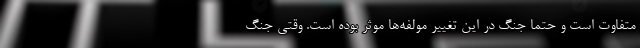
متفاوت است و حتما جنگ در این تغییر مولفه‌ها موثر بوده است. وقتی جنگ